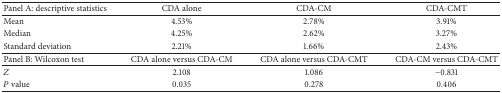
<table><thead><tr><td><b>Panel A: descriptive statistics</b></td><td><b>CDA alone</b></td><td><b>CDA-CM</b></td><td><b>CDA-CMT</b></td></tr></thead><tbody><tr><td>Mean</td><td>4.53%</td><td>2.78%</td><td>3.91%</td></tr><tr><td>Median</td><td>4.25%</td><td>2.62%</td><td>3.27%</td></tr><tr><td>Standard deviation</td><td>2.21%</td><td>1.66%</td><td>2.43%</td></tr><tr><td>Panel B: Wilcoxon test</td><td>CDA alone versus CDA-CM</td><td>CDA alone versus CDA-CMT</td><td>CDA-CM versus CDA-CMT</td></tr><tr><td><i>Z</i></td><td>2.108</td><td>1.086</td><td>−0.831</td></tr><tr><td><i>P</i> value</td><td>0.035</td><td>0.278</td><td>0.406</td></tr></tbody></table>